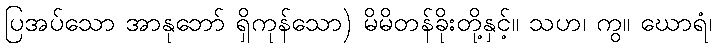
ပြအပ်သော အာနုဘော် ရှိကုန်သော) မိမိတန်ခိုးတို့နှင့်။ သဟ၊ ကွ။ ဃောရံ၊